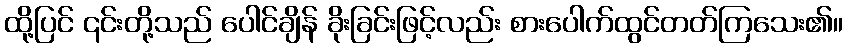
ထို့ပြင် ၎င်းတို့သည် ပေါင်ချိန် ခိုးခြင်းဖြင့်လည်း စားပေါက်ထွင်တတ်ကြသေး၏။